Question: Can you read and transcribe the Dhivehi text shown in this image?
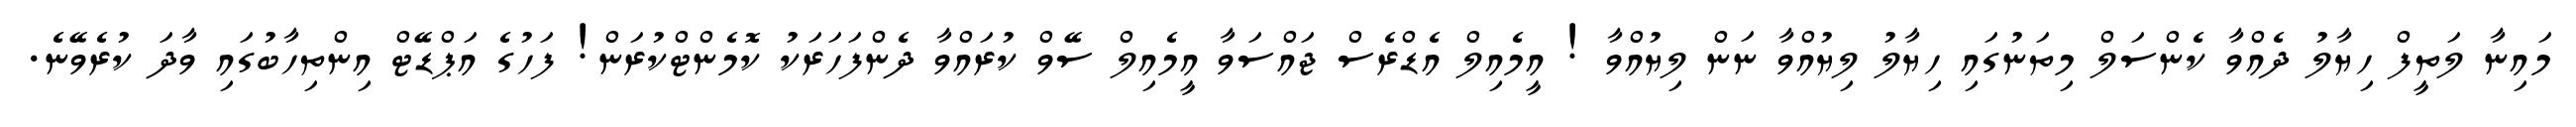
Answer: މައިނާ ލަތީފް ހިޔާލު ދެއްވާ ކެންސަލް މިތަނުގައި ހިޔާލު ލިޔުއްވާ ނަން ލިޔުއްވާ ! އީމެއިލް އެޑްރެސް ޖައްސަވާ އީމެއިލް ސޭވް ކުރައްވާ ދެންފަހަރަކު ކޮމެންޓްކުރަން! ފަހުގެ އަޕްޑޭޓް އިންތިހާބުގައި ވާދަ ކުރެވޭނެ.